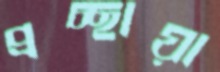
প্রচ্ছায়া